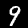
Digit: 9